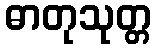
ဓာတုသုတ္တ